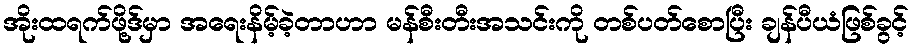
အိုးထရက်ဖို့ဒ်မှာ အရေးနိမ့်ခဲ့တာဟာ မန်စီးတီးအသင်းကို တစ်ပတ်စောပြီး ချန်ပီယံဖြစ်ခွင့်